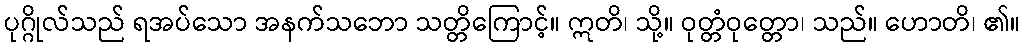
ပုဂ္ဂိုလ်သည် ရအပ်သော အနက်သဘော သတ္တိကြောင့်။ ဣတိ၊ သို့။ ဝုတ္တံဝုတ္တော၊ သည်။ ဟောတိ၊ ၏။